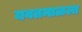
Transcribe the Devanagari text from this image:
यवतमाळला